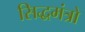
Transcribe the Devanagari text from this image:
सिद्धमंत्रो